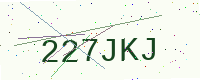
Text: 227JKJ